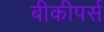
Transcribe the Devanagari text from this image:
बीकीपर्स